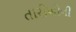
તારીખોની